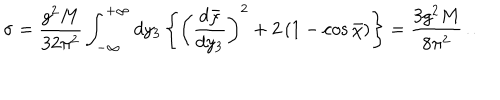
\sigma = { \frac { g ^ { 2 } M } { 3 2 \pi ^ { 2 } } } \int _ { - \infty } ^ { + \infty } d y _ { 3 } \left\{ \left( { \frac { d \bar { \chi } } { d y _ { 3 } } } \right) ^ { 2 } + 2 \left( 1 - \cos \bar { \chi } \right) \right\} = { \frac { 3 g ^ { 2 } M } { 8 \pi ^ { 2 } } } \ldots